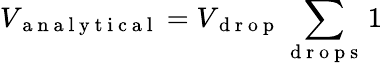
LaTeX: V_{\mathrm{~a~n~a~l~y~t~i~c~a~l~}}=V_{\mathrm{~d~r~o~p~}}\sum_{\mathrm{~d~r~o~p~s~}}1